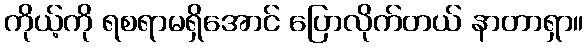
ကိုယ့်ကို ရစရာမရှိအောင် ပြောလိုက်တယ် နာတာရှာ။